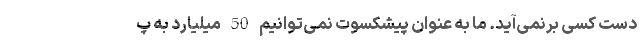
دست کسی برنمی‌آید. ما به عنوان پیشکسوت نمی‌توانیم 50 میلیارد به پ